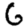
Digit: 6